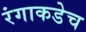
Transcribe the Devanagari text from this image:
रंगाकडेच